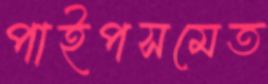
পাইপসমেত